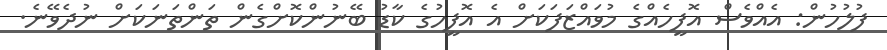
ފުލުހުން: އެއްވެސް އޮފީހެއްގެ މުވައްޒަފަކަށް އެ އޮފީހުގެ ކާޑު ބޭނުންކޮށްގެން ތަންތަނަކަށް ނުދެވޭނެ.